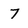
Character: 7